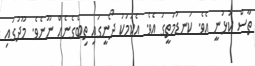
ތާސް ކުޅުނީ އެވެ. ކަނޑުމަތީގަ އެވެ. އެކަމަކު ދޯނީގައި ތިބެގެނެއް ނޫނެވެ. މޫދުގައި